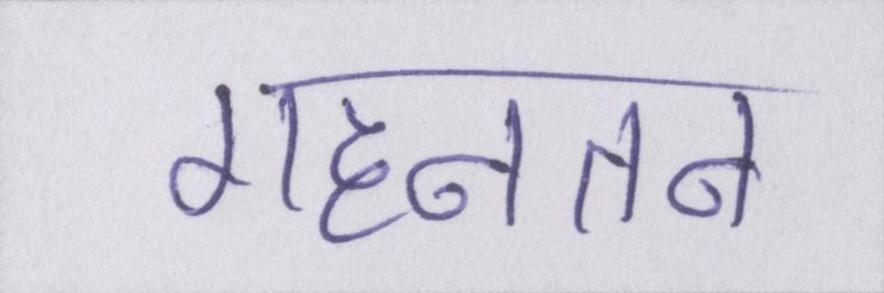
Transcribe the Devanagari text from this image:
गहनतम